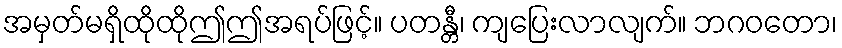
အမှတ်မရှိထိုထိုဤဤအရပ်ဖြင့်။ ပတန္တီ၊ ကျပြေးလာလျက်။ ဘဂဝတော၊